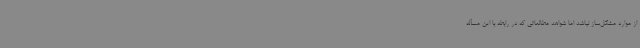
از موارد مشکل‌ساز نباشد اما شواهد مطالعاتی که در رابطه با این مسأله